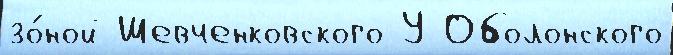
зо́ной Шевченковского У Оболонского